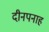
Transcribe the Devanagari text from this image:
दीनपनाह